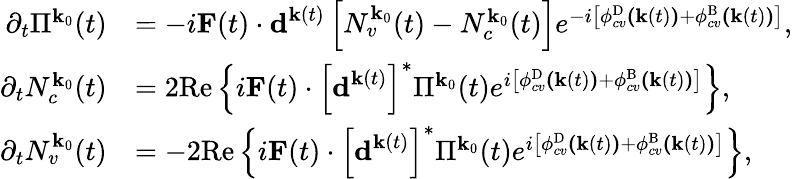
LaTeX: \begin{array}{rl}{\partial_{t}\Pi^{\textbf{k}_{0}}(t)}&{=-i\textbf{F}(t)\cdot\textbf{d}^{\textbf{k}(t)}\left[N_{v}^{\textbf{k}_{0}}(t)-N_{c}^{\textbf{k}_{0}}(t)\right]e^{-i\left[\phi_{cv}^{\mathrm{D}}\textbf{(}\textbf{k}(t)\textbf{)}+\phi_{cv}^{\mathrm{B}}\textbf{(}\textbf{k}(t)\textbf{)}\right]},}\\ {\partial_{t}N_{c}^{\textbf{k}_{0}}(t)}&{=2\mathrm{Re}\left\{ i\textbf{F}(t)\cdot\left[\textbf{d}^{\textbf{k}(t)}\right]^{*}\Pi^{\textbf{k}_{0}}(t)e^{i\left[\phi_{cv}^{\mathrm{D}}\textbf{(}\textbf{k}(t)\textbf{)}+\phi_{cv}^{\mathrm{B}}\textbf{(}\textbf{k}(t)\textbf{)}\right]}\right\} ,}\\ {\partial_{t}N_{v}^{\textbf{k}_{0}}(t)}&{=-2\mathrm{Re}\left\{ i\textbf{F}(t)\cdot\left[\textbf{d}^{\textbf{k}(t)}\right]^{*}\Pi^{\textbf{k}_{0}}(t)e^{i\left[\phi_{cv}^{\mathrm{D}}\textbf{(}\textbf{k}(t)\textbf{)}+\phi_{cv}^{\mathrm{B}}\textbf{(}\textbf{k}(t)\textbf{)}\right]}\right\} ,}\end{array}